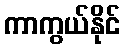
ကာကွယ်နိုင်